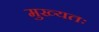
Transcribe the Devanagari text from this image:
मुख्यतः